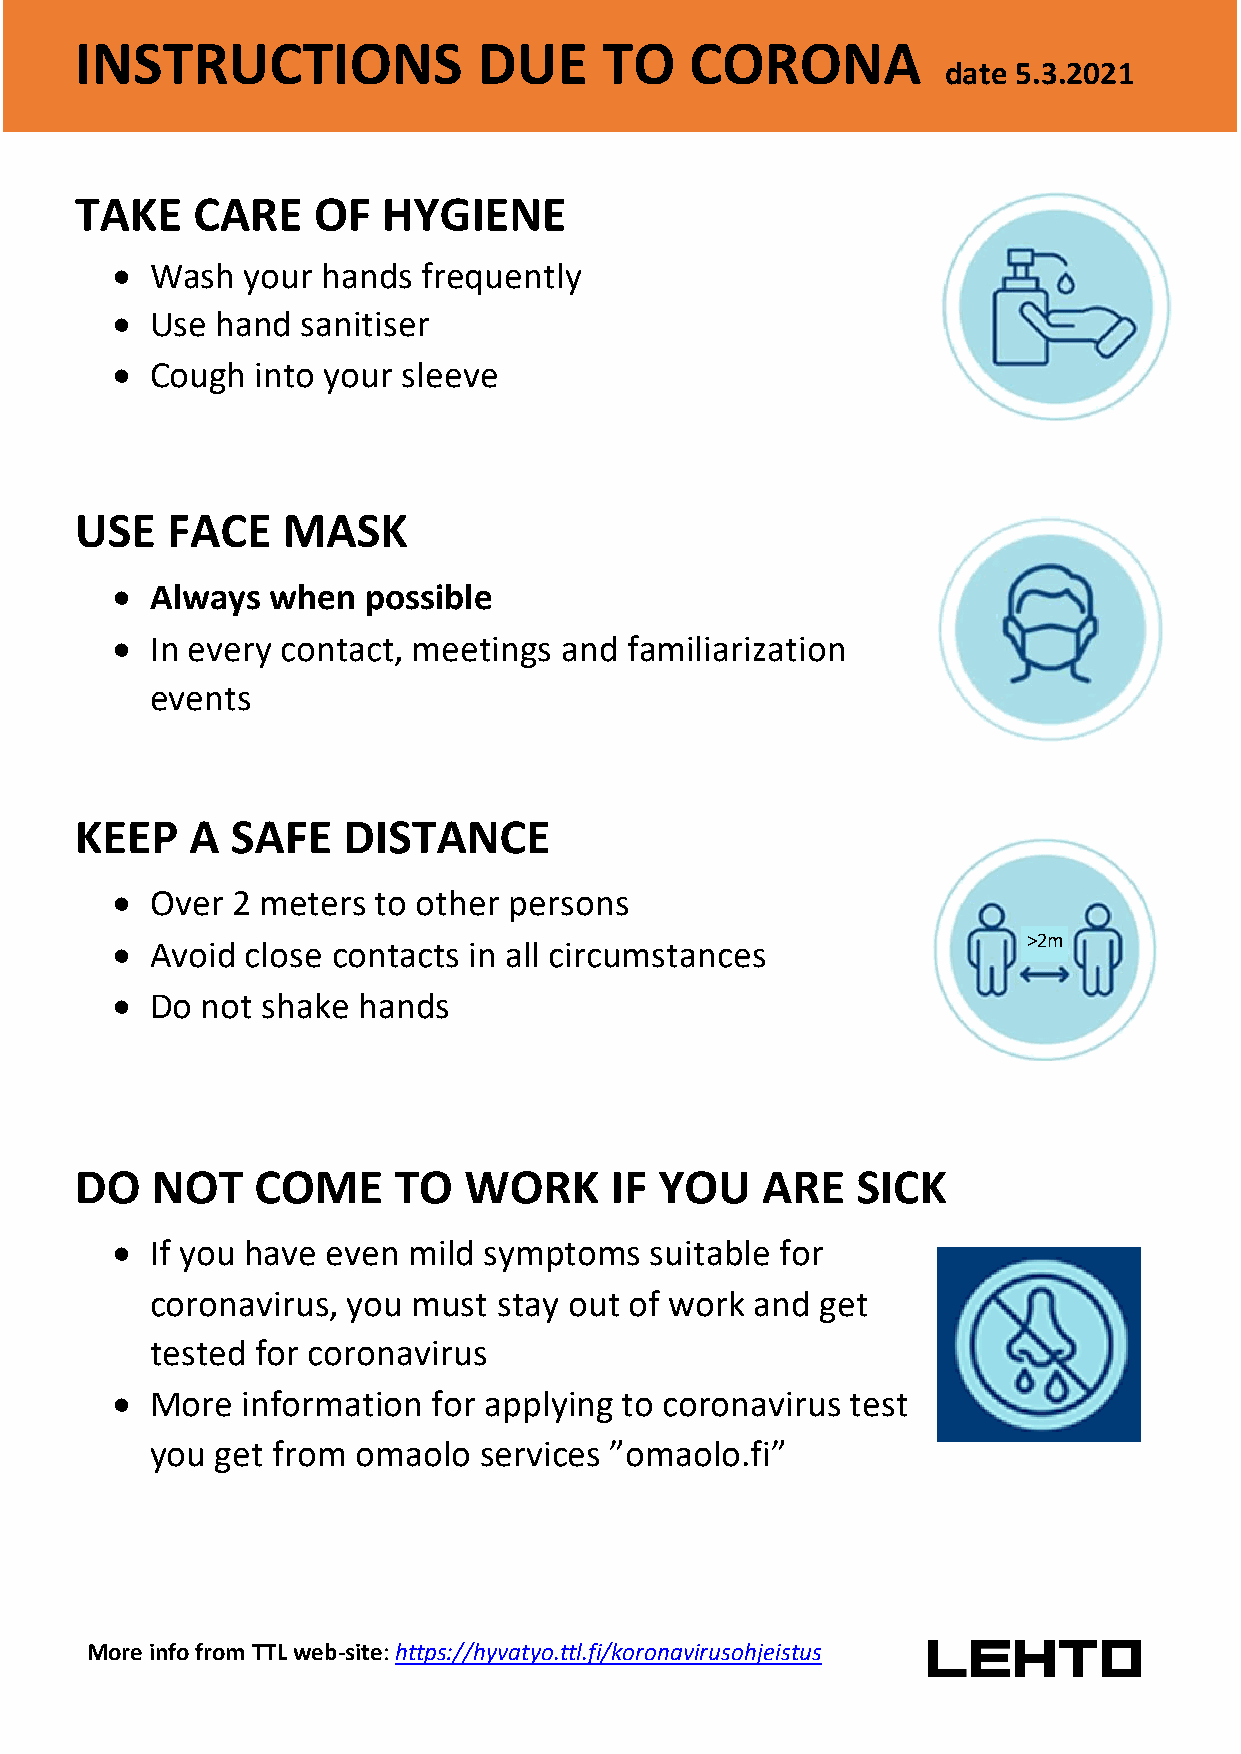
INSTRUCTIONS               DUE     TO    CORONA
 date 5.3.2021
 TAKE    CARE    OF  HYGIENE
 •  Wash  your hands  frequently
 •  Use hand  sanitiser
 •  Cough  into your sleeve
 USE   FACE    MASK
 •  Always  when  possible
 •  In every contact, meetings and  familiarization
 events
 KEEP    A SAFE    DISTANCE
 •  Over 2 meters  to other persons
 •  Avoid close contacts in all circumstances                 >2m
 •  Do not shake  hands
 DO   NOT    COME     TO   WORK     IF  YOU   ARE    SICK
 •  If you have even mild symptoms   suitable for
 coronavirus, you must  stay out of work and get
 tested for coronavirus
 •  More  information  for applying to coronavirus test
 you get from  omaolo  services ”omaolo.fi”
 More info from TTL web-site: https://hyvatyo.ttl.fi/koronavirusohjeistus